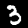
Digit: 3